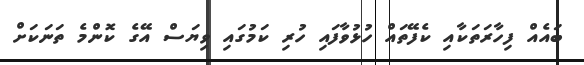
ބައެއް ފިހާރަތަކާއި ކެފޭތައް ހުޅުވާފައި ހުރި ކަމުގައި ވިޔަސް އޭގެ ކޮންމެ ތަނަކަށް